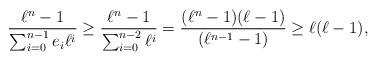
LaTeX: \begin{align*}\frac{\ell^n-1}{\sum_{i=0}^{n-1} e_i \ell^i} \geq \frac{\ell^n-1}{\sum_{i=0}^{n-2} \ell^i}= \frac{(\ell^n-1)(\ell-1)}{(\ell^{n-1}-1)} \geq \ell(\ell-1),\end{align*}